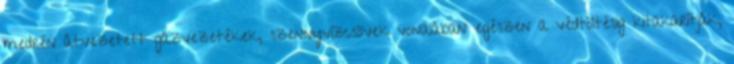
medrén átvezetett gázvezetékek, szennyvízcsövek vonalában egészen a védtöltésig kitakarítják,